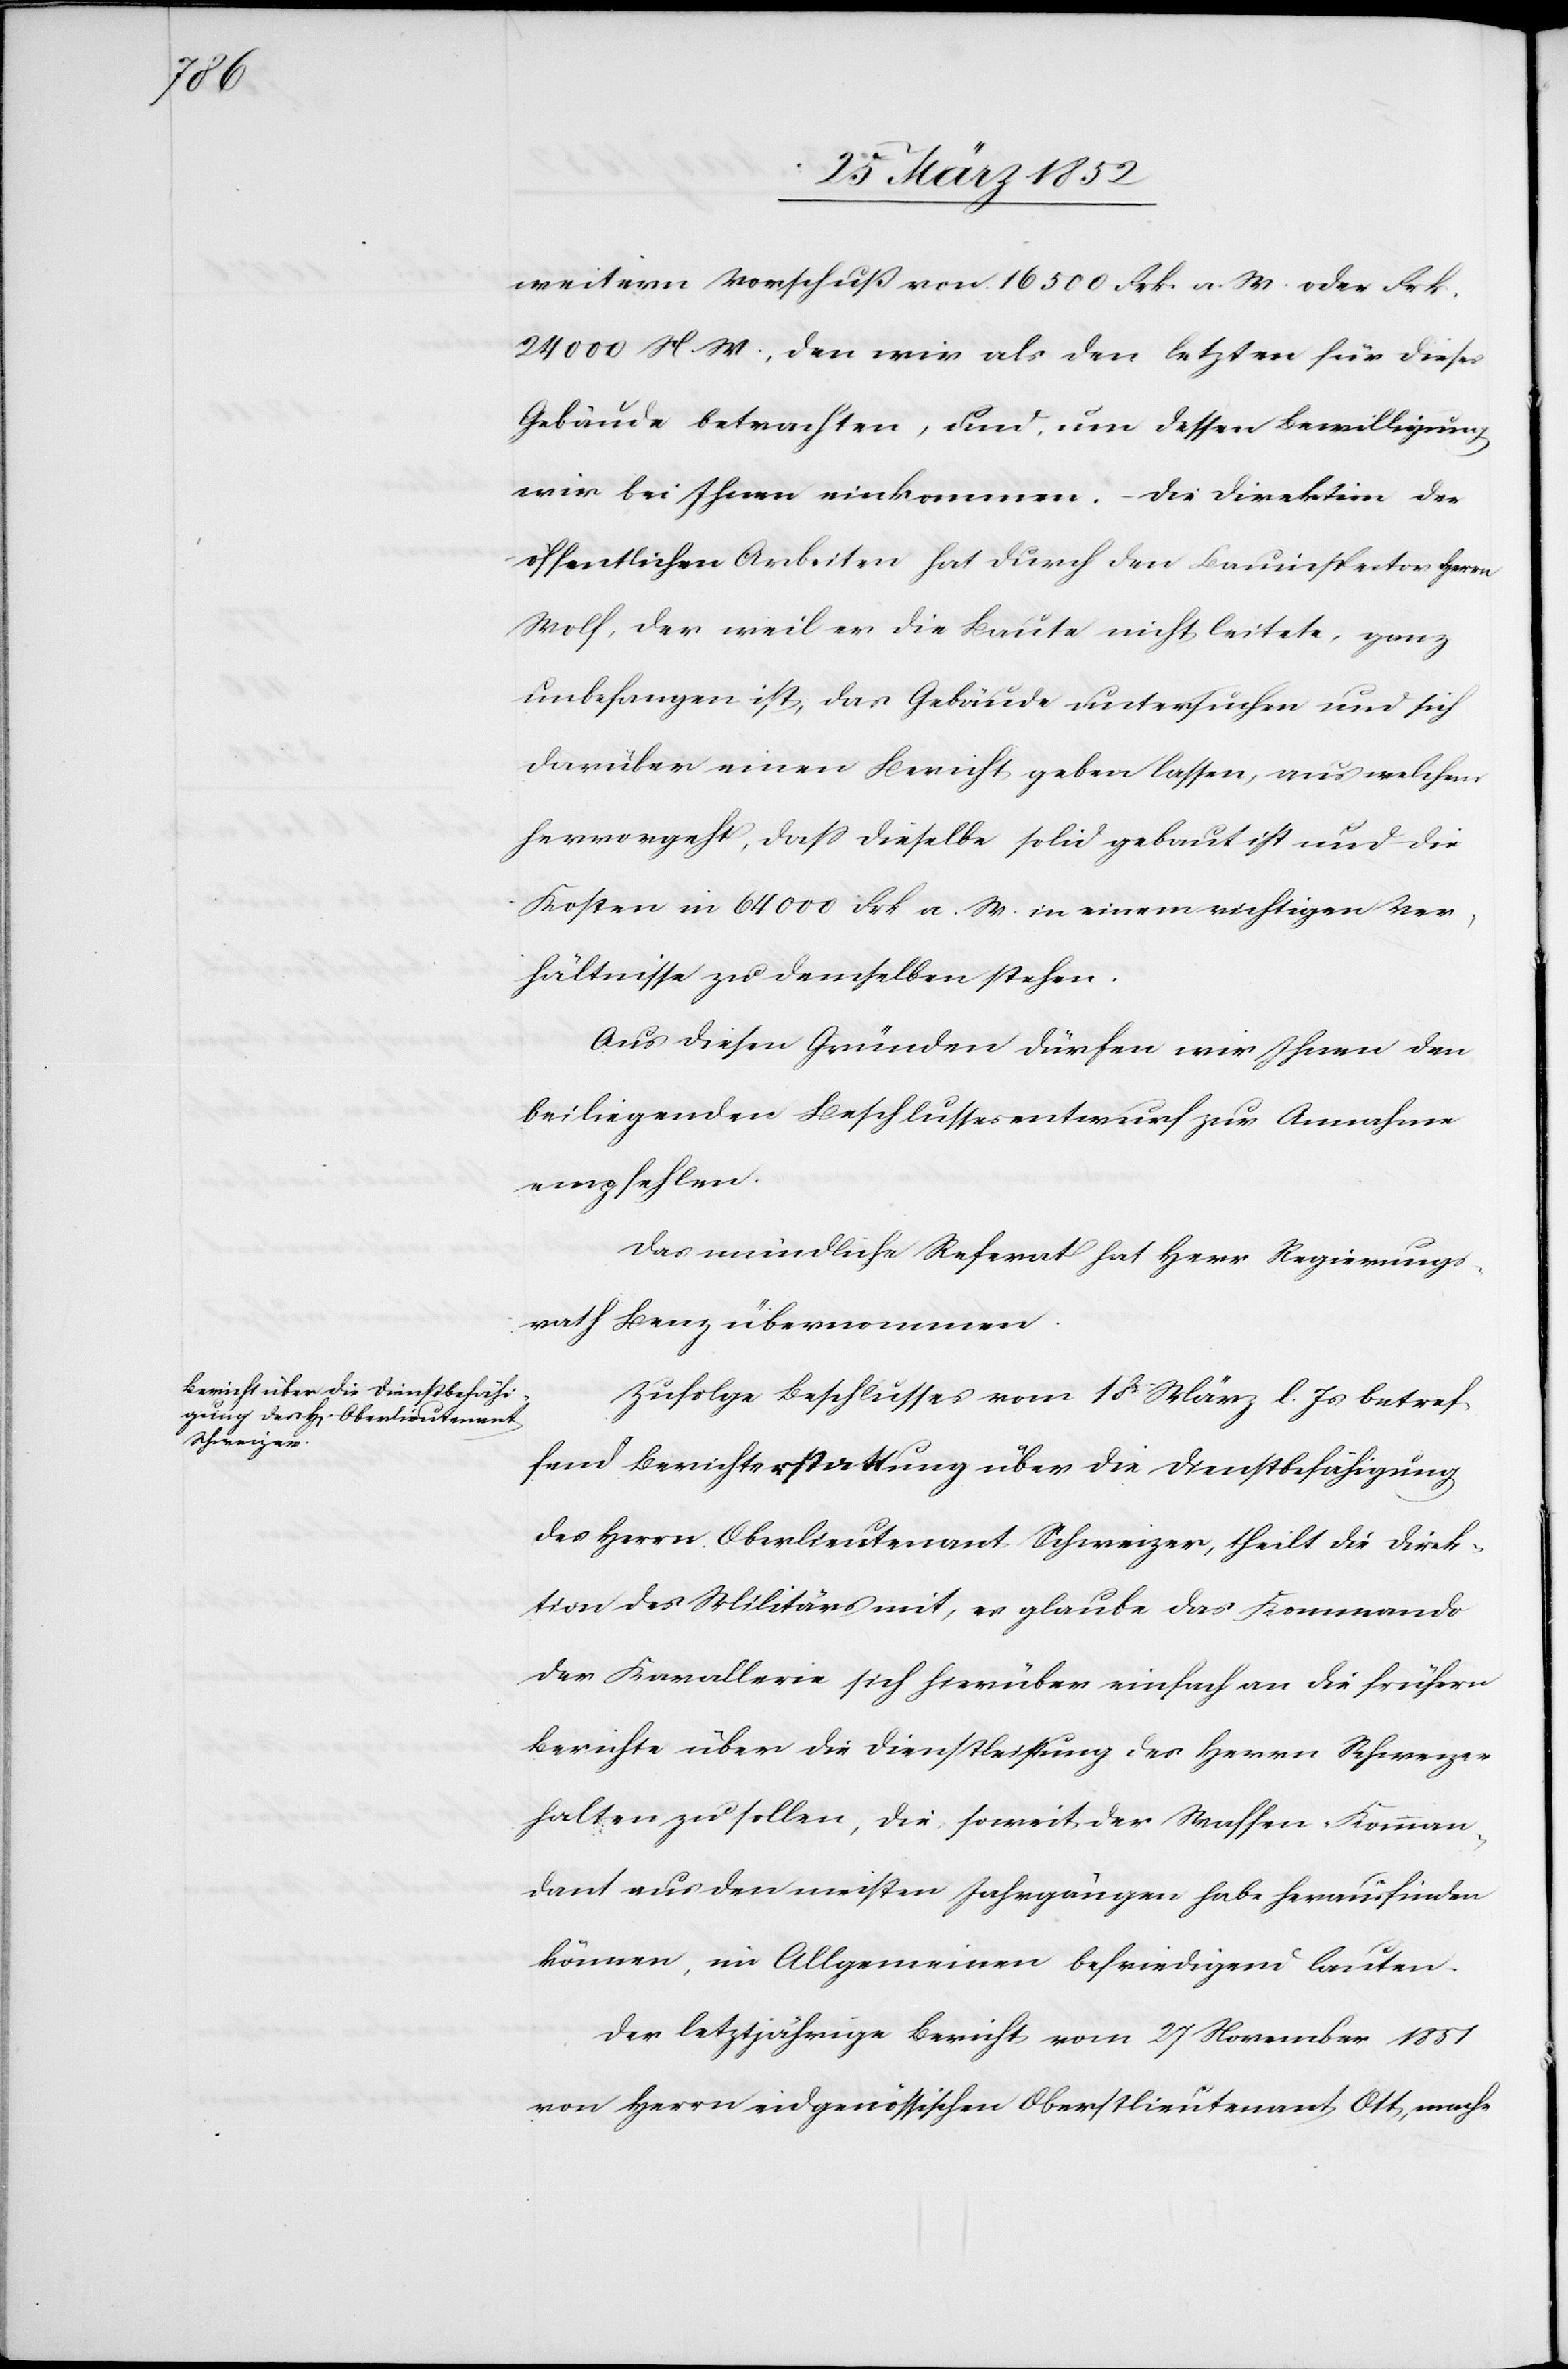
weitern Vorschuß von 16 500 Frk. a. W. oder Frk.
24000 N. W., den wir als den letzten für dieses
Gebäude betrachten, und, um dessen Bewilligung
wir bei Ihnen einkommen. – Die Direktion der
öffentlichen Arbeiten hat durch den Bauinspector Herrn
Wolf, der weil er die Baute nicht leitete, ganz
unbefangen ist, das Gebäude untersuchen und sich
darüber einen Bericht geben lassen, aus welchem
hervorgeht, daß dieselbe solid gebaut ist und die
Kosten in 64 000 Frk. a. W. in einem richtigen Ver¬
hältnisse zu demselben stehen.
Aus diesen Gründen dürfen wir Ihnen den
beiliegenden Beschlussesentwurf zur Annahme
empfehlen.
Das mündliche Referat hat Herr Regierungs¬
rath Lenz übernommen.
Zufolge Beschlusses vom 18 März l. Js betref¬
fend Berichterstattung über die Dienstbefähigung
des Herrn Oberlieutenant Schweizer, theilt die Direk¬
tion des Militärs mit, es glaube das Kommando
der Kavallerie sich hierüber einfach an die frühern
Berichte über die Dienstleistung des Herrn Schweizer
halten zu sollen, die soweit der Waffen-Komman¬
dant aus den meisten Jahrgängen habe herausfinden
können, im Allgemeinen befriedigend lauten.
Der letztjährige Bericht vom 27 November 1851
von Herrn eidgenössischen Oberstlieutenant Ott, mache